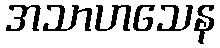
အသာဟသေန